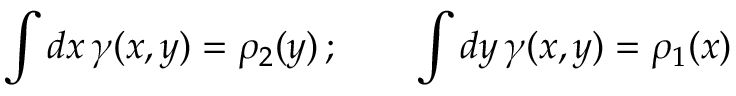
\int d x \, \gamma ( x , y ) = \rho _ { 2 } ( y ) \, ; \qquad \int d y \, \gamma ( x , y ) = \rho _ { 1 } ( x )